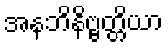
အနဘိနိဗ္ဗတ္တိယာ